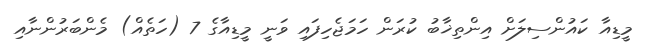
މީޑިއާ ކައުންސިލަށް އިންތިޚާބު ކުރަން ހަމަޖެހިފައި ވަނީ މީޑިއާގެ 7 (ހަތެއް) މެންބަރުންނާއި